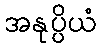
အနုပ္ပိယံ